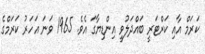
ކަރަމް އާއި ކަރްޓަރީ ބައްދަލުވީ އިންޑިޔާގަ އެވެ. 1965 ވަނަ އަހަރު ކަރަމްގެ